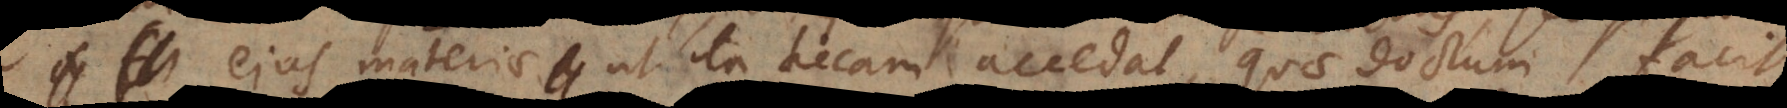
ejus materiae ut ita dicam accedat, quae doctum facit